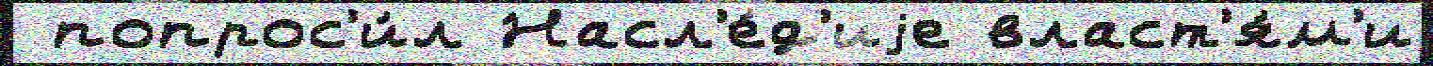
 попрос'и́л Насл'е́д'иjе власт'я́м'и